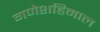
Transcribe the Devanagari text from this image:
गणेशहिमाल